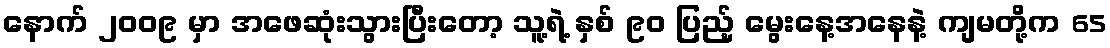
နောက် ၂၀၀၉ မှာ အဖေဆုံးသွားပြီးတော့ သူ့ရဲ့ နှစ် ၉၀ ပြည့် မွေးနေ့အနေနဲ့ ကျမတို့က 65